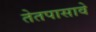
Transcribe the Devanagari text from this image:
तेतपासावे